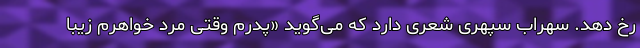
رخ دهد. سهراب سپهری شعری دارد که می‌گوید «پدرم وقتی مرد خواهرم زیبا